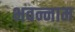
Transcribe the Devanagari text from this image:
भवन्नाम